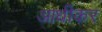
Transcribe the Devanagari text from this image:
आधीकर